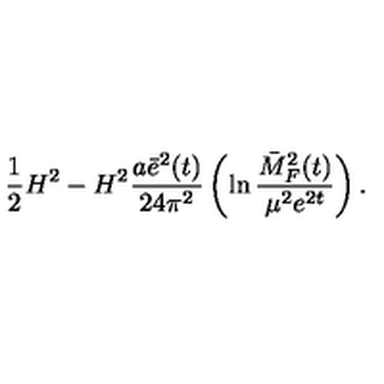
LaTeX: \frac { 1 } { 2 } H ^ { 2 } - H ^ { 2 } \frac { a \bar { e } ^ { 2 } ( t ) } { 2 4 \pi ^ { 2 } } \left( \ln \frac { \bar { M } _ { F } ^ { 2 } ( t ) } { \mu ^ { 2 } e ^ { 2 t } } \right) .